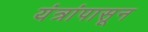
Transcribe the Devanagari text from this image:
यंत्रांपासून